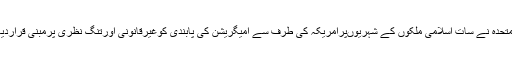
اقوام متحدہ نے سات اسلامی ملکوں کے شہریوںپرامریکہ کی طرف سے امیگریشن کی پابندی کوغیرقانونی اورتنگ نظری پرمبنی قراردیا ہے۔